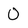
Character: O